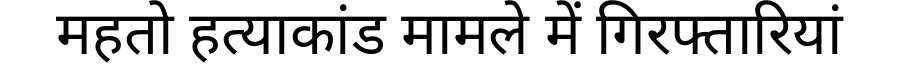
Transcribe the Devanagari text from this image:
महतो हत्याकांड मामले में गिरफ्तारियां